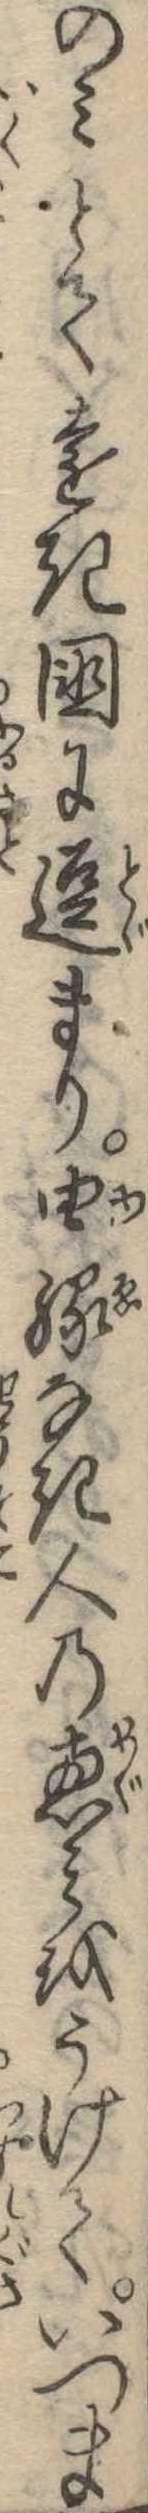
のみとて遠き国に逗まり由縁なき人の恵をうけていつま